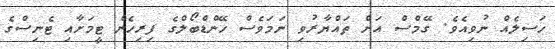
ހަސިލެއް ނުވިއެވެ. ގޭމްސް އަށް ތައްޔާރުވި ނަމަވެސް ހޭންޑްބޯލްގެ ފިރިހެން ޓީމަށާއި ޓެނިސްގެ